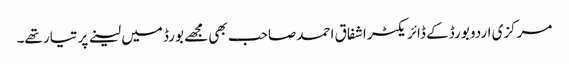
مرکزی اردو بورڈ کے ڈائریکٹر اشفاق احمد صاحب بھی مجھے بورڈ میں لینے پر تیار تھے۔